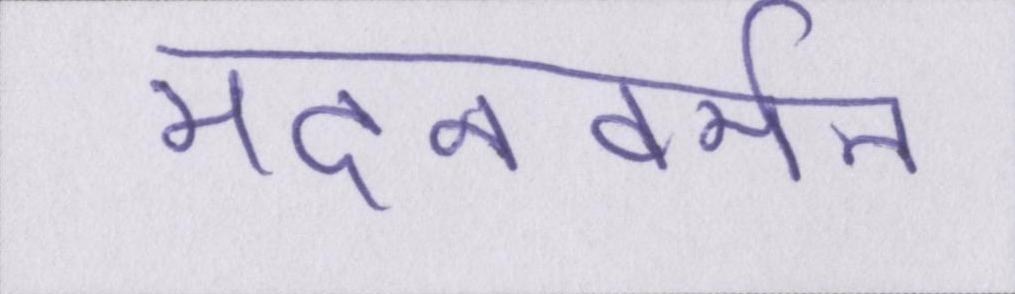
मदनवर्मन